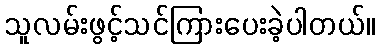
သူလမ်းဖွင့်သင်ကြားပေးခဲ့ပါတယ်။